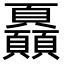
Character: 𩖏